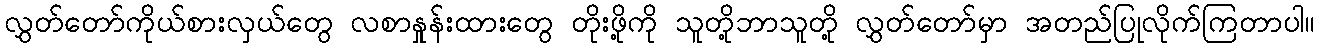
လွှတ်တော်ကိုယ်စားလှယ်တွေ လစာနှုန်းထားတွေ တိုးဖို့ကို သူတို့ဘာသူတို့ လွှတ်တော်မှာ အတည်ပြုလိုက်ကြတာပါ။